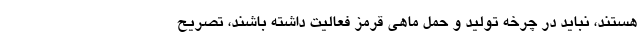
هستند، نباید در چرخه تولید و حمل ماهی قرمز فعالیت داشته باشند، تصریح